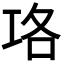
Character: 𭘇